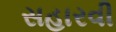
સહારવી